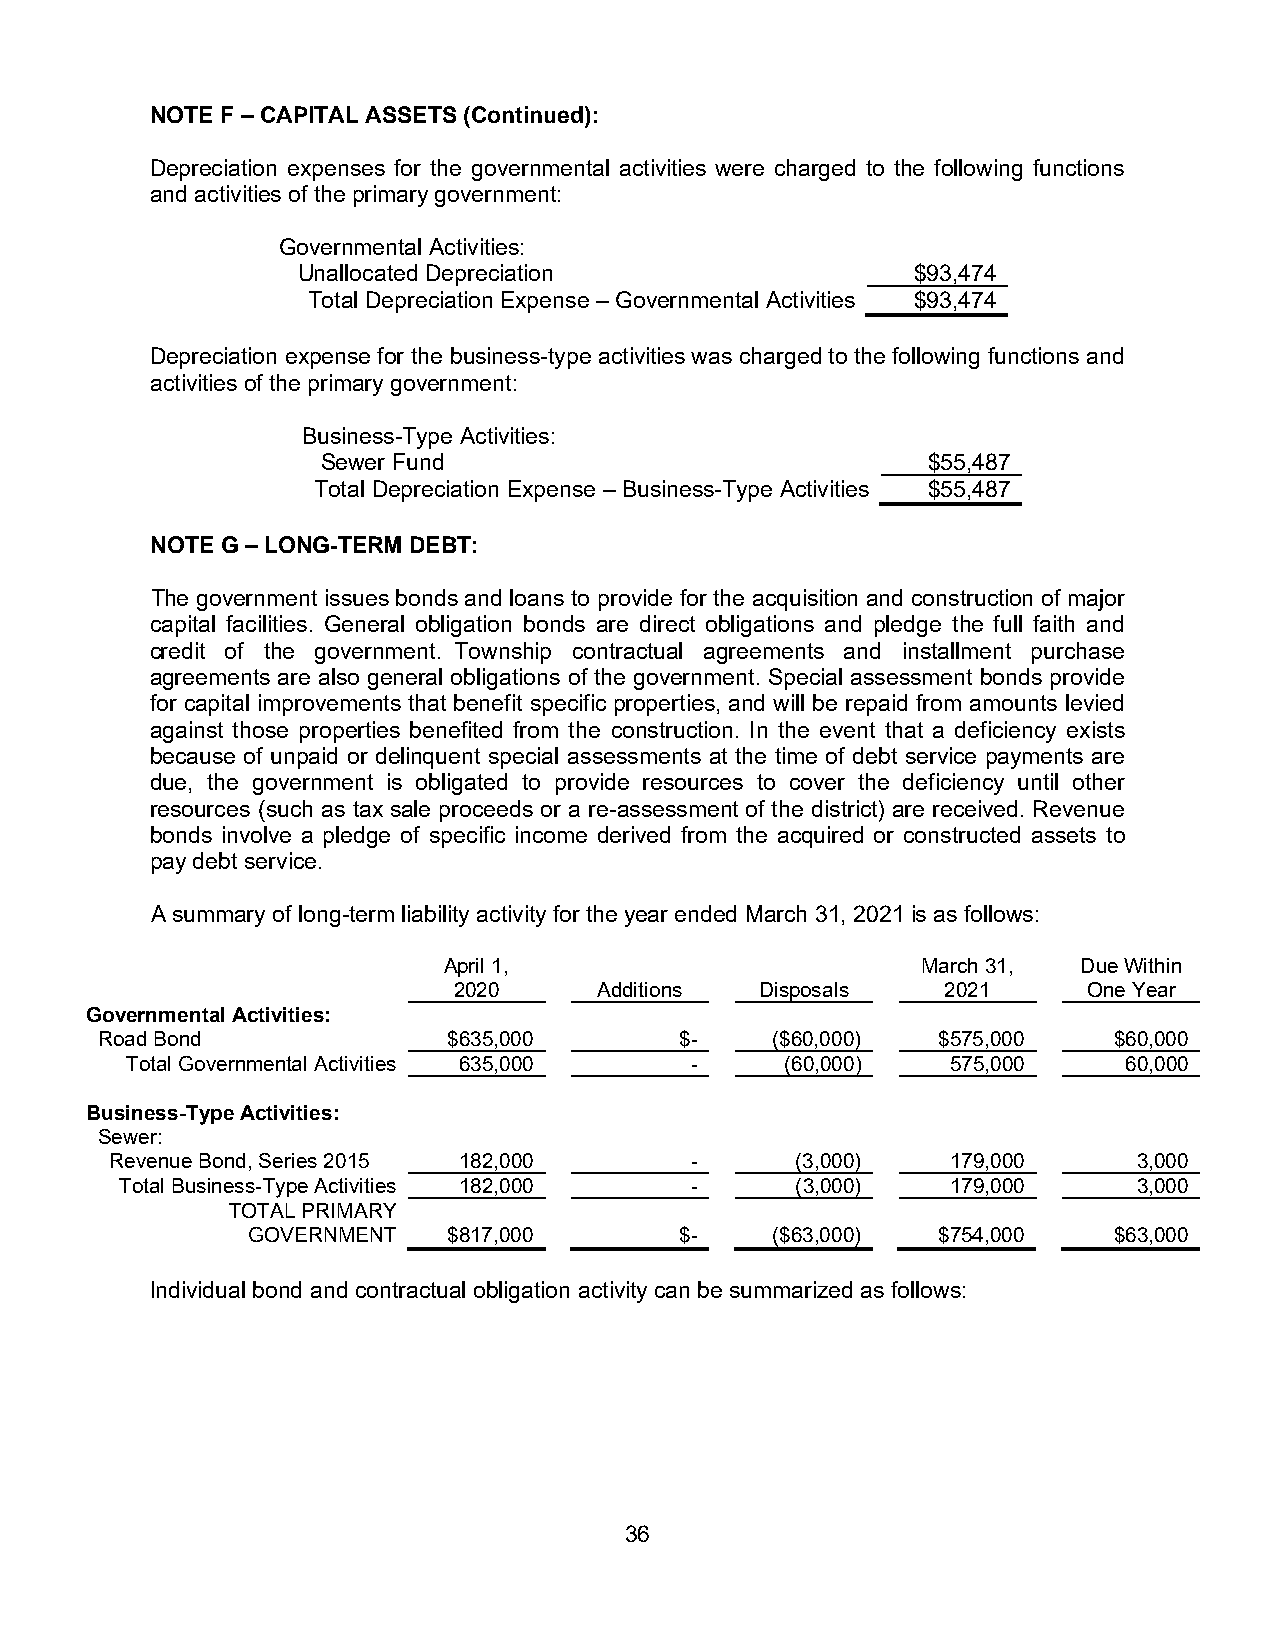
NOTE F – CAPITAL ASSETS (Continued):
 Depreciation expenses for the governmental activities were charged to the following functions
 and activities of the primary government:
 Governmental Activities:
 Unallocated Depreciation                $93,474
 Total Depreciation Expense – Governmental Activities $93,474
 Depreciation expense for the business-type activities was charged to the following functions and
 activities of the primary government:
 Business-Type Activities:
 Sewer Fund                              $55,487
 Total Depreciation Expense – Business-Type Activities $55,487
 NOTE G – LONG-TERM DEBT:
 The government issues bonds and loans to provide for the acquisition and construction of major
 capital facilities. General obligation bonds are direct obligations and pledge the full faith and
 credit of the government. Township contractual agreements and installment purchase
 agreements are also general obligations of the government. Special assessment bonds provide
 for capital improvements that benefit specific properties, and will be repaid from amounts levied
 against those properties benefited from the construction. In the event that a deficiency exists
 because of unpaid or delinquent special assessments at the time of debt service payments are
 due, the government is obligated to provide resources to cover the deficiency until other
 resources (such as tax sale proceeds or a re-assessment of the district) are received. Revenue
 bonds involve a pledge of specific income derived from the acquired or constructed assets to
 pay debt service.
 A summary of long-term liability activity for the year ended March 31, 2021 is as follows:
 April 1,                        March 31,  Due Within
 2020      Additions Disposals    2021     One Year
 Governmental Activities:
 Road Bond               $635,000       $-    ($60,000)  $575,000    $60,000
 Total Governmental Activities 635,000 -     (60,000)   575,000    60,000
 Business-Type Activities:
 Sewer:
 Revenue Bond, Series 2015 182,000      -      (3,000)   179,000     3,000
 Total Business-Type Activities 182,000 -     (3,000)   179,000     3,000
 TOTAL PRIMARY
 GOVERNMENT    $817,000       $-    ($63,000)  $754,000    $63,000
 Individual bond and contractual obligation activity can be summarized as follows:
 36